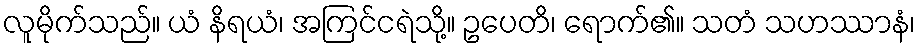
လူမိုက်သည်။ ယံ နိရယံ၊ အကြင်ငရဲသို့။ ဥပေတိ၊ ရောက်၏။ သတံ သဟဿာနံ၊